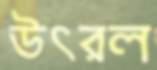
উৎরল